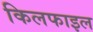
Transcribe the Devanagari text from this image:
किलफाइल